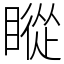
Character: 瞛